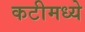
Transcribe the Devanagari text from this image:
कटीमध्ये